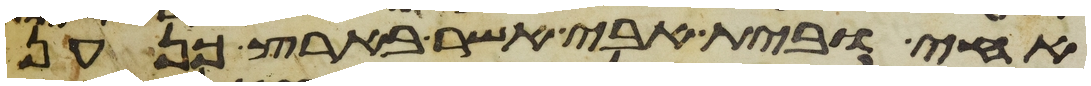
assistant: אחי ובית אבי אשר בארץ כנען